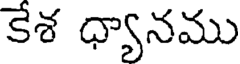
కేశ ధ్యానము